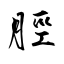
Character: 脛